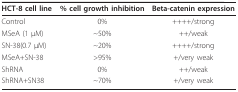
<table><thead><tr><td><b>HCT-8 cell line</b></td><td><b>% cell growth inhibition</b></td><td><b>Beta-catenin expression</b></td></tr></thead><tbody><tr><td>Control</td><td>0%</td><td>++++/strong</td></tr><tr><td>MSeA (1 μM)</td><td>~50%</td><td>++/weak</td></tr><tr><td>SN-38(0.7 μM)</td><td>~20%</td><td>++++/strong</td></tr><tr><td>MSeA+SN-38</td><td>&gt;95%</td><td>+/very weak</td></tr><tr><td>ShRNA</td><td>0%</td><td>++/weak</td></tr><tr><td>ShRNA+SN38</td><td>~70%</td><td>+/very weak</td></tr></tbody></table>